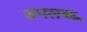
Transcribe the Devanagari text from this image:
उपलब्ध्‍